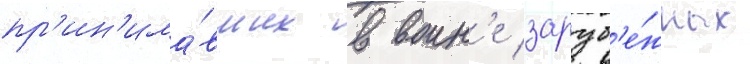
пр'ин'има́вших в воин'е заруб'е́жных